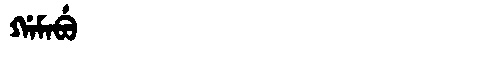
Manchu: ᡤᠠᠮᠠᠪᡠ
Romanization: GAMABU